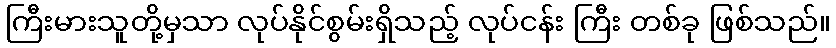
ကြီးမားသူတို့မှသာ လုပ်နိုင်စွမ်းရှိသည့် လုပ်ငန်း ကြီး တစ်ခု ဖြစ်သည်။